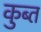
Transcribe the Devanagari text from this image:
कुब्त